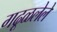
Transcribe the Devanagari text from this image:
गढूळलेले